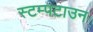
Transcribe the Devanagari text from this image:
स्टम्पटाउन